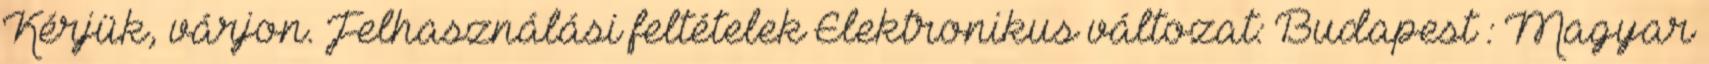
Kérjük, várjon. Felhasználási feltételek Elektronikus változat: Budapest : Magyar